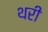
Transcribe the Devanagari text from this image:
थरी